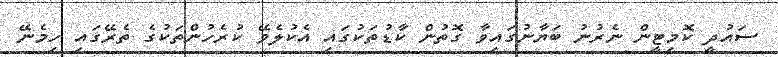
ސައުދީ ކޮމިޓީން ނެރުނު ބަޔާނުގައިވާ ގޮތުން ކާޑުތަކުގައި އެކުލެވޭ ކުރެހުންތަކުގެ ތެރޭގައި ހިމެނޭ